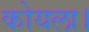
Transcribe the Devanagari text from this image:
कोयला।